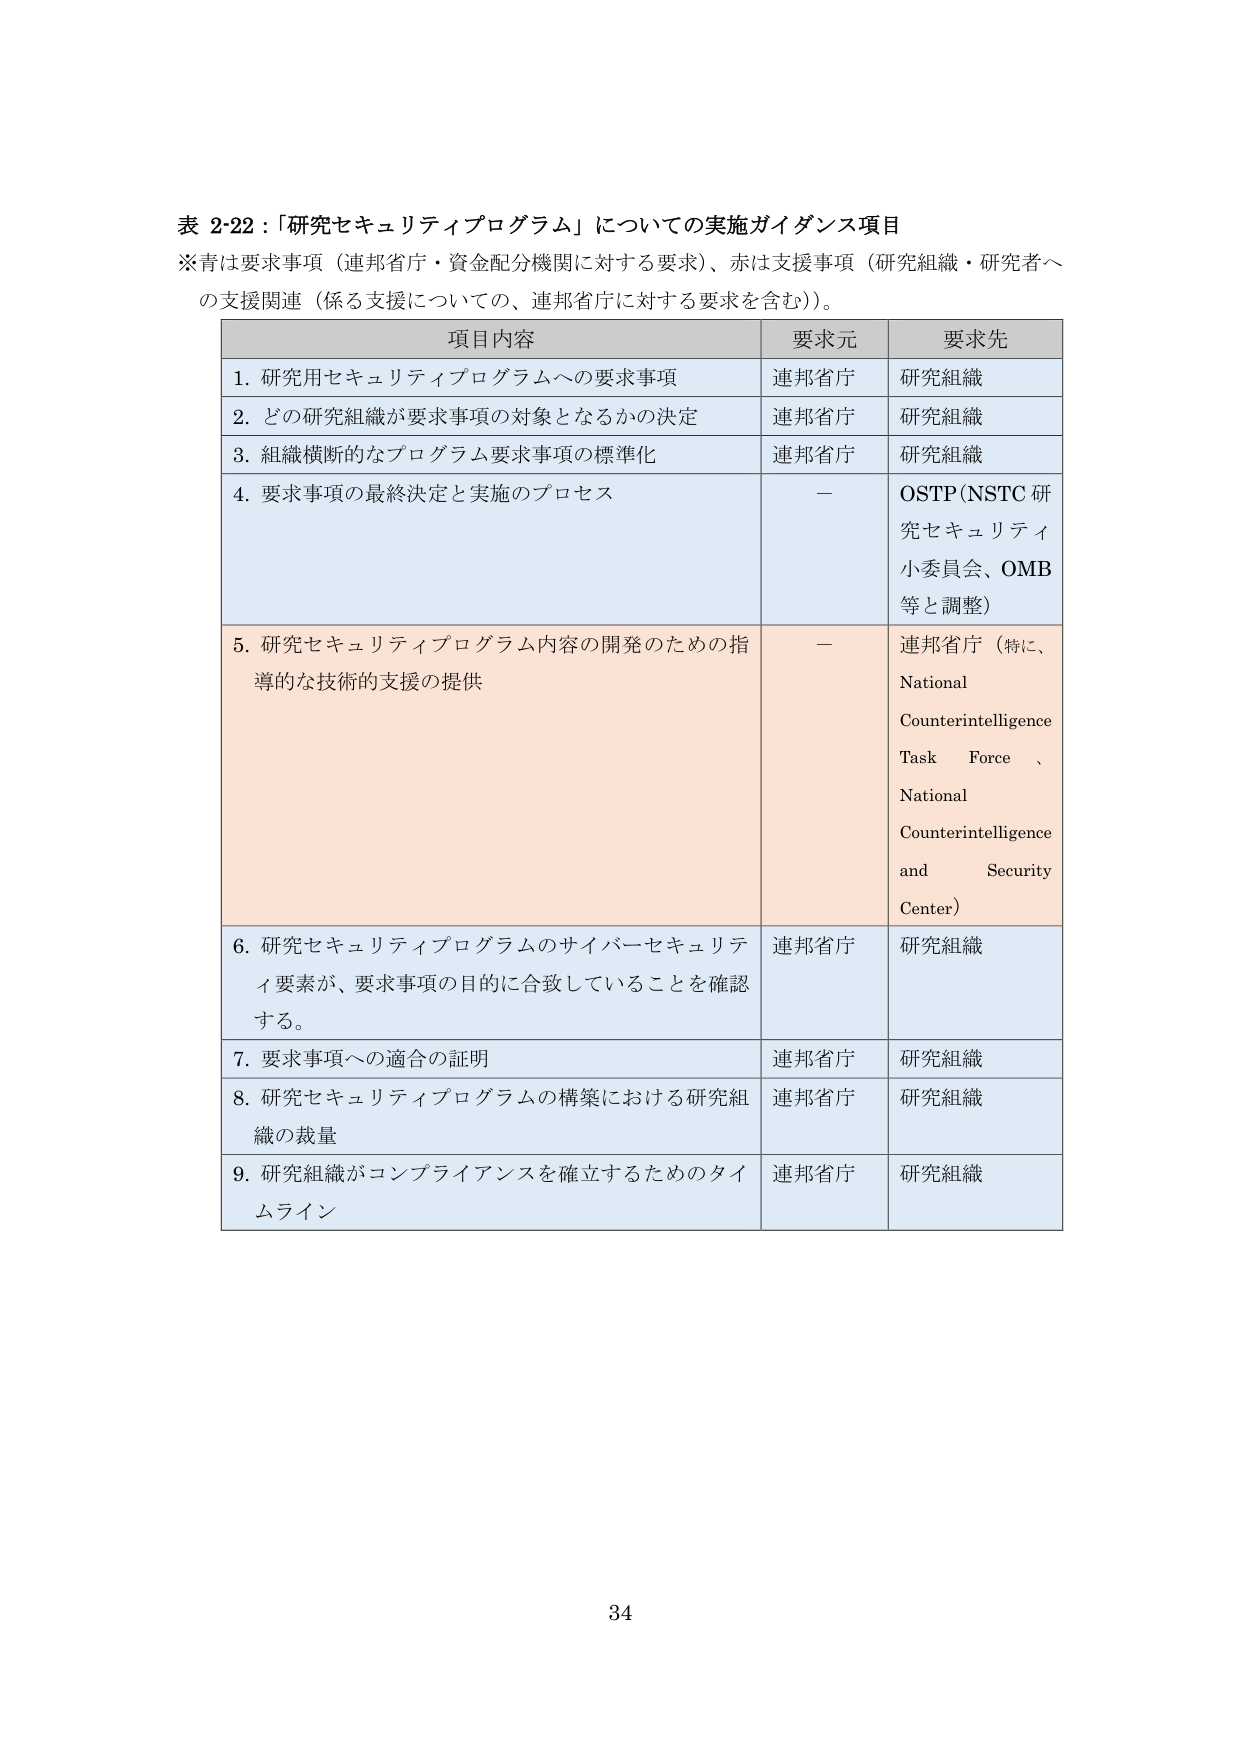
表 2-22：「研究セキュリティプログラム」についての実施ガイダンス項目
※青は要求事項（連邦省庁・資金配分機関に対する要求）、赤は支援事項（研究組織・研究者への支援関連（係る支援についての、連邦省庁に対する要求を含む））。

項目内容　　　　　　　　　　　　　　　　　　　要求元　　　　　要求先
1. 研究用セキュリティプログラムへの要求事項　　　連邦省庁　　　研究組織
2. どの研究組織が要求事項の対象となるかの決定　　連邦省庁　　　研究組織
3. 組織横断的なプログラム要求事項の標準化　　　連邦省庁　　　研究組織
4. 要求事項の最終決定と実施のプロセス　　　　　－　　　　　　OSTP（NSTC 研究セキュリティ小委員会、OMB 等と調整）
5. 研究セキュリティプログラム内容の開発のための指導的な技術的支援の提供　　　　　　　　　　　　　　　－　　　　　　連邦省庁（特に、National Counterintelligence Task Force、National Counterintelligence and Security Center）
6. 研究セキュリティプログラムのサイバーセキュリティ要素が、要求事項の目的に合致していることを確認する。　　　連邦省庁　　　研究組織
7. 要求事項への適合の証明　　　　　　　　　　　連邦省庁　　　研究組織
8. 研究セキュリティプログラムの構築における研究組織の裁量　　　　　　　　　　　　　　　　　　　　　　連邦省庁　　　研究組織
9. 研究組織がコンプライアンスを確立するためのタイムライン　　　　　　　　　　　　　　　　　　　　　　連邦省庁　　　研究組織

34